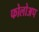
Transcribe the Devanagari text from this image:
फोलोअप